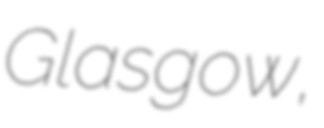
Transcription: Glasgow,